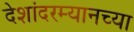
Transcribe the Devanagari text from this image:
देशांदरम्यानच्या